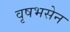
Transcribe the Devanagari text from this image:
वृषभसेन